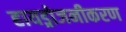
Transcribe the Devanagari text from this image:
हायड्रोजनीकरण